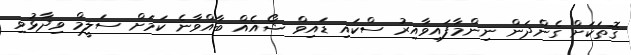
ގޮތަކަށް ގެންދަން ނިންމާފައިވާއިރު ސްކައި ޑައިވް ޝޯއެއް ބާއްވާނެ ކަމަށް ސަލީމް ވިދާޅުވި